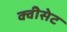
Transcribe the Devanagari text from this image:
क्वीसेट